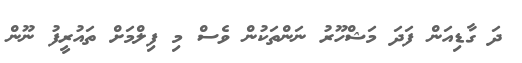
ދަ ގާޑިއަން ފަދަ މަޝްހޫރު ނަންތަކުން ވެސް މި ފިލްމަށް ތައުރީފު ނޫން